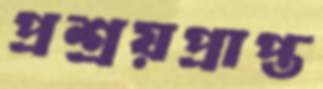
প্রশ্রয়প্রাপ্ত